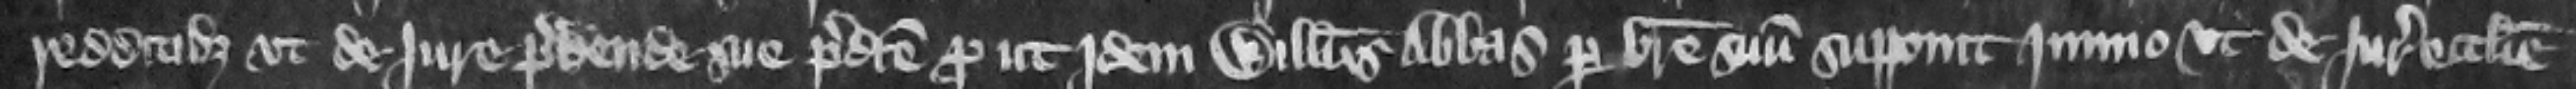
redditibus vt de jure prebende sue predicte prout jdem Willelmus abbas per breue suum supponit immo vt de jure ecclesie